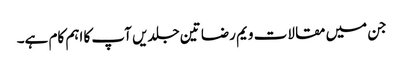
جن میں مقالات ویم رضا تین جلدیں آپ کا اہم کام ہے۔